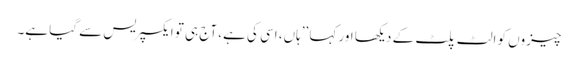
چیزوں کو الٹ پلٹ کے دیکھا اور کہا ’’ہاں، اسی کی ہے، آج ہی تو ایکسپریس سے گیا ہے۔